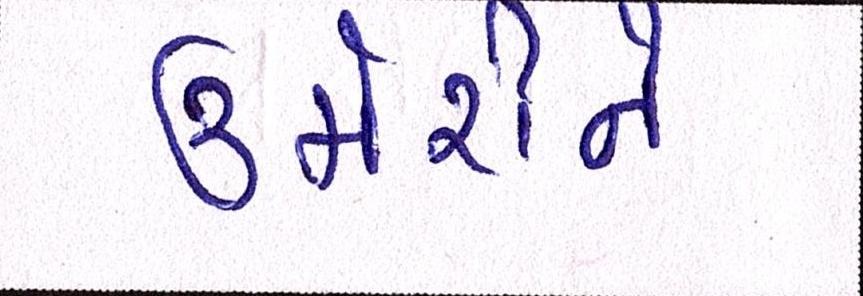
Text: ઉમેરીને